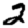
Digit: 2